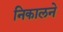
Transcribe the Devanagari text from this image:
निकालने